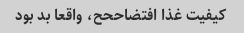
کیفیت غذا افتضاححح، واقعا بد بود